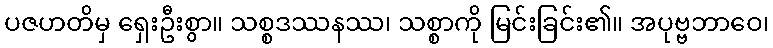
ပဇဟတိမှ ရှေးဦးစွာ။ သစ္စဒဿနဿ၊ သစ္စာကို မြင်းခြင်း၏။ အပုဗ္ဗဘာဝေ၊